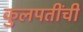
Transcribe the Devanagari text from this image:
कुलपतींची